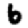
Digit: 6